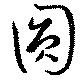
円